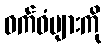
ဝက်ဝံများကို